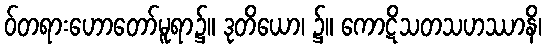
ဝ်တရားဟောတော်မူရာ၌။ ဒုတိယော၊ ၌။ ကောဋိသတသဟဿာနိ၊